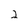
Character: 2